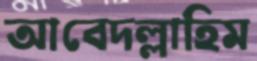
আবেদল্লাহিম